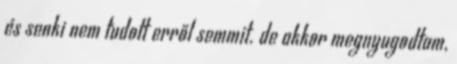
és senki nem tudott erről semmit. de akkor megnyugodtam,